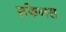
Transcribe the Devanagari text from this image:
सफेनस